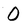
Character: O